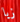
زيا